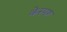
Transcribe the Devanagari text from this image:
केस्पष्ट